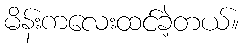
မိန်းကလေးထင်ခဲ့တယ်။